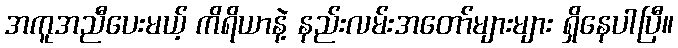
အကူအညီပေးမယ့် ကိရိယာနဲ့ နည်းလမ်းအတော်များများ ရှိနေပါပြီ။